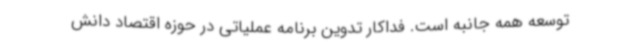
توسعه همه جانبه است. فداکار تدوین برنامه عملیاتی در حوزه اقتصاد دانش